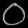
Digit: ၀